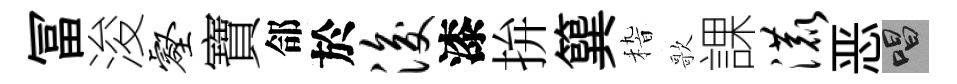
冨浚壑寶郃於浚漆拚簨𥟵歌課漉恶唱